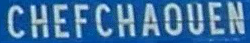
CHEFCHAOUEN